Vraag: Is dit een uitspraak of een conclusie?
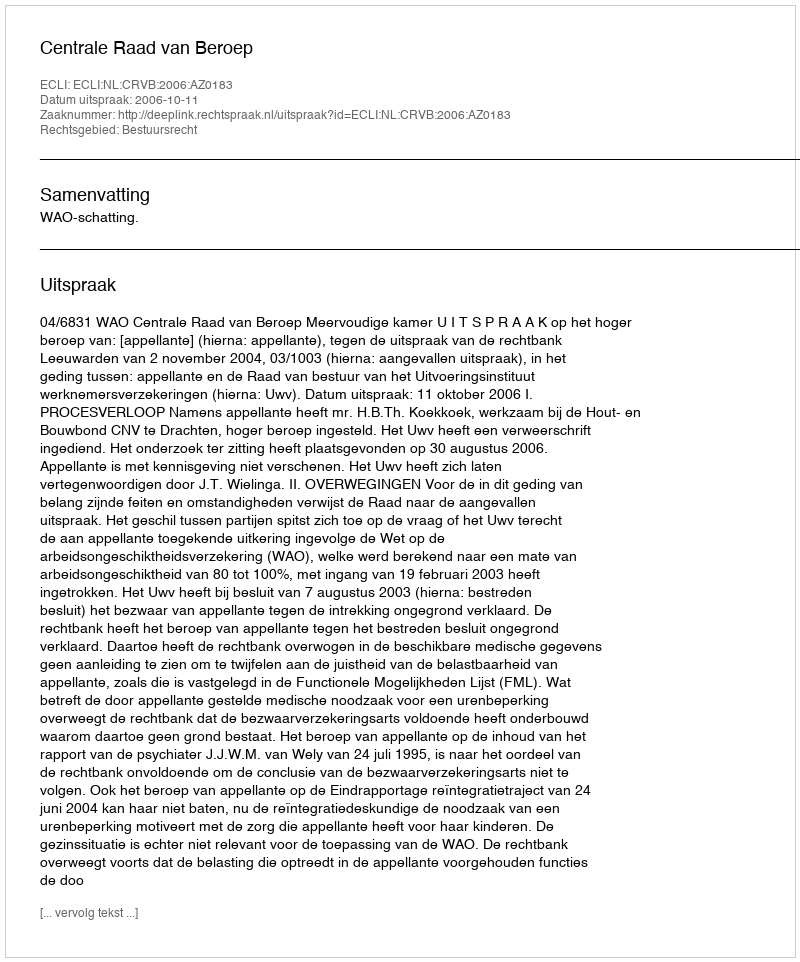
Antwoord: Uitspraak